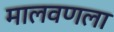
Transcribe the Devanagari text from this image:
मालवणला